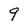
Character: q